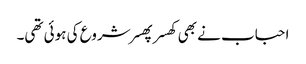
احباب نے بھی کھسر پھسر شروع کی ہوئی تھی۔